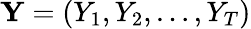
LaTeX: \mathbf{Y}=(Y_{1},Y_{2},\ldots,Y_{T})